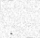
-